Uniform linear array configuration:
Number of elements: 4
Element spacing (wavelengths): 0.75
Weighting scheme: hamming
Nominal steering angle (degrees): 15
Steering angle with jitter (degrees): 13.219
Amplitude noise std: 0.05
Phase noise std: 0.05

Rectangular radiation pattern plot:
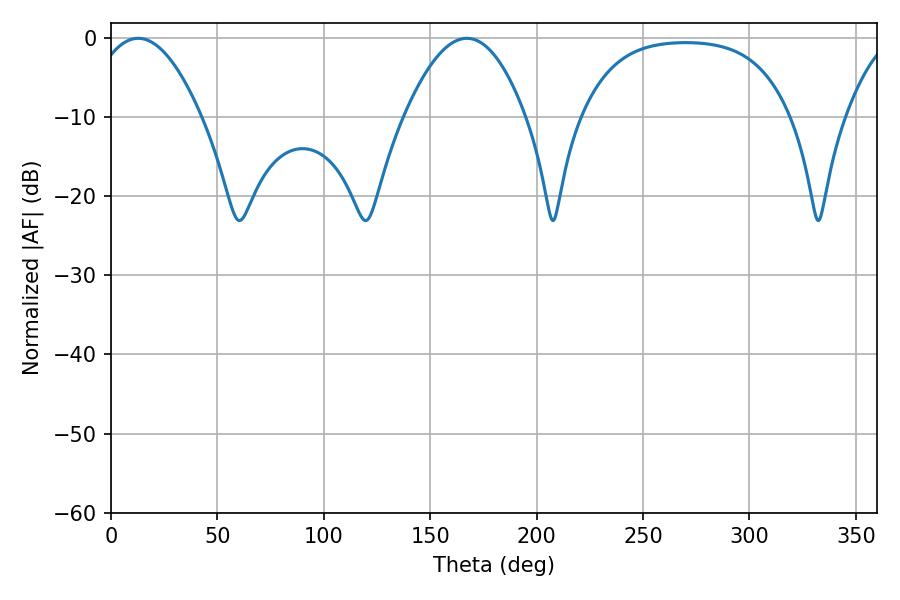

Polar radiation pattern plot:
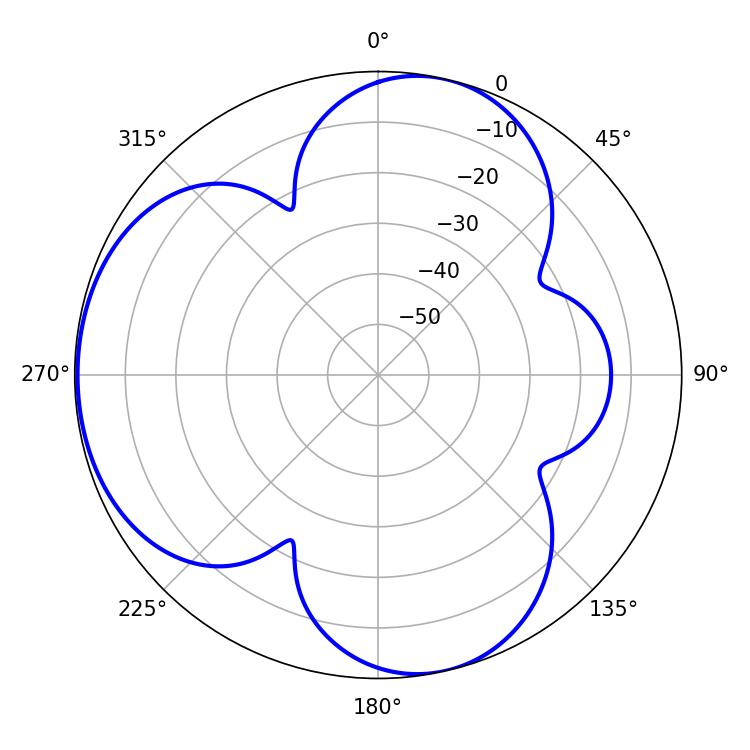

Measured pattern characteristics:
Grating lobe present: TRUE
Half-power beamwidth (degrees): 28.62
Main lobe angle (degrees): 12.78